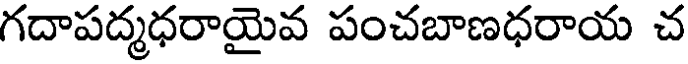
గదాపద్మధరాయైవ పంచబాణధరాయ చ